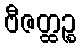
ဗီဇတ္ထဉ္စ